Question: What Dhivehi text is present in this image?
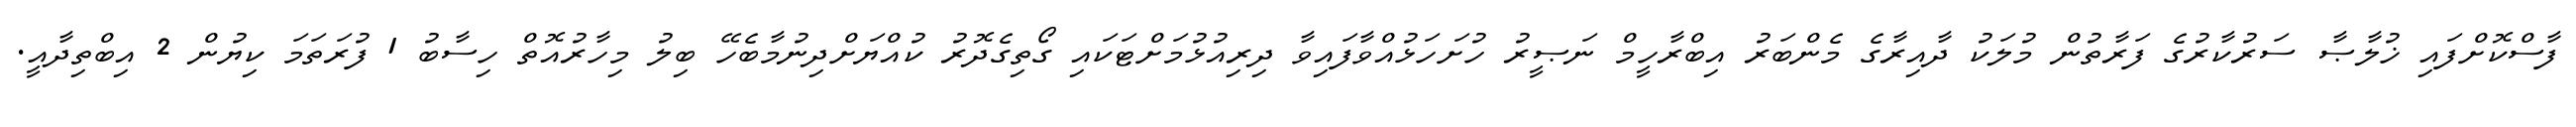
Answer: ފާސްކޮށްފައި ޚުލާޞާ ސަރުކާރުގެ ފަރާތުން މުލަކު ދާއިރާގެ މެންބަރު އިބްރާހީމް ނަޞީރު ހުށަހަޅުއްވާފައިވާ ދިރިއުޅުމަށްޓަކައި ގޯތިގެދޮރު ކުއްޔަށްދިނުމާބެހޭ ބިލު މިހާރުއޮތް ހިސާބު 1 ފުރަތަމަ ކިޔުން 2 އިބްތިދާއީ.